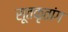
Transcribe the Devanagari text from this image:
सूतकृतांग